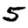
Digit: 5